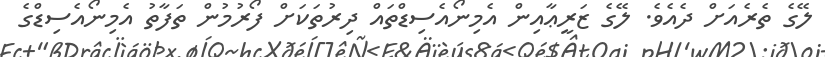
ލޭގެ ތެރެއަށް ދެއެވެ. ލޭގެ ޒަރީޢާއިން އެމިނޯއެސިޑްތައް ދިރުތަކަށް ފޯރުމުން ތަފާތު އެމިނޯއެސިޑްގެ